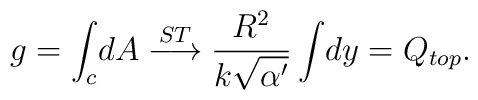
g = \int_c \! d A \stackrel{S T}{\longrightarrow} \frac{R^2}{k\sqrt{\alpha^\prime}}\int\!dy = Q_{top} .